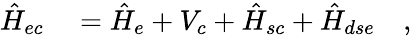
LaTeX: \begin{array}{rl}{\hat{H}_{ec}}&{{}=\hat{H}_{e}+V_{c}+\hat{H}_{sc}+\hat{H}_{dse}\quad,}\end{array}